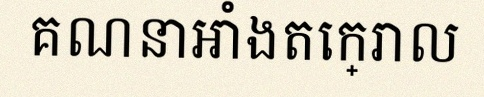
គណនាអាំងតេក្រាល